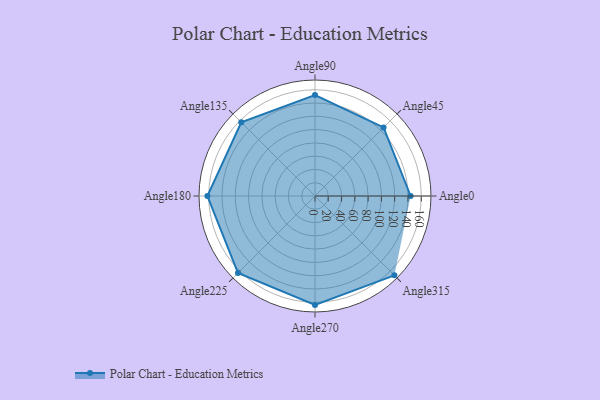
{"axis": {"x": "Angle", "y": "Radius"}, "legend": [""], "data": [{"x": "Angle0", "y": 144.0, "type": ""}, {"x": "Angle45", "y": 146.0, "type": ""}, {"x": "Angle90", "y": 152.0, "type": ""}, {"x": "Angle135", "y": 157.0, "type": ""}, {"x": "Angle180", "y": 162.0, "type": ""}, {"x": "Angle225", "y": 164.0, "type": ""}, {"x": "Angle270", "y": 164.0, "type": ""}, {"x": "Angle315", "y": 169.0, "type": ""}]}